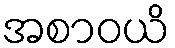
အစာဝယိ